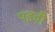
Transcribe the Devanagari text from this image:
पहवी